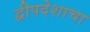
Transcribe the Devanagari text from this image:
द्वीपदेशाचा